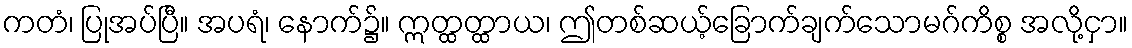
ကတံ၊ ပြုအပ်ပြီ။ အပရံ၊ နောက်၌။ ဣတ္ထတ္ထာယ၊ ဤတစ်ဆယ့်ခြောက်ချက်သောမဂ်ကိစ္စ အလို့ငှာ။